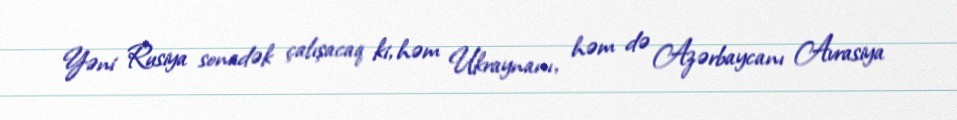
Yəni Rusiya sonadək çalışacaq ki, həm Ukraynanı, həm də Azərbaycanı Avrasiya